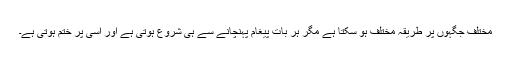
مختلف جگہوں پر طریقہ مختلف ہو سکتا ہے مگر ہر بات پیغام پہنچانے سے ہی شروع ہوتی ہے اور اسی پر ختم ہوتی ہے۔